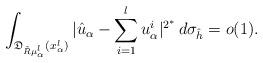
LaTeX: \begin{align*}\int_{\mathfrak{D}_{\tilde{R}\mu^l_\alpha}(x^l_\alpha)}|\hat{u}_\alpha-\sum^l_{i=1}u^i_\alpha|^{2^*}\,d\sigma_{\hat{h}}=o(1).\end{align*}